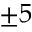
\pm 5